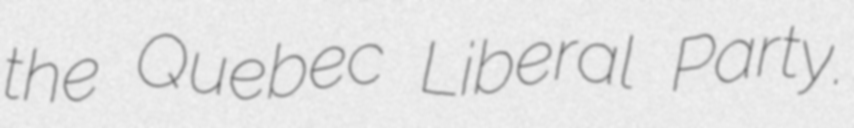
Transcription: the Quebec Liberal Party.